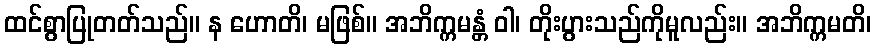
ထင်စွာပြုတတ်သည်။ န ဟောတိ၊ မဖြစ်။ အဘိက္ကမန္တံ ဝါ၊ တိုးပွားသည်ကိုမူလည်း။ အဘိက္ကမတိ၊